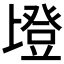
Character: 𱱹